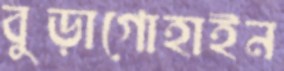
বুড়াগোহাইন